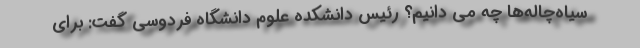
سیاه‌چاله‌ها چه می دانیم؟ رئیس دانشکده علوم دانشگاه فردوسی گفت: برای